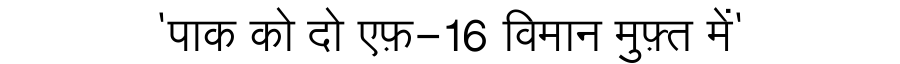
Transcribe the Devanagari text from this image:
'पाक को दो एफ़-16 विमान मुफ़्त में'